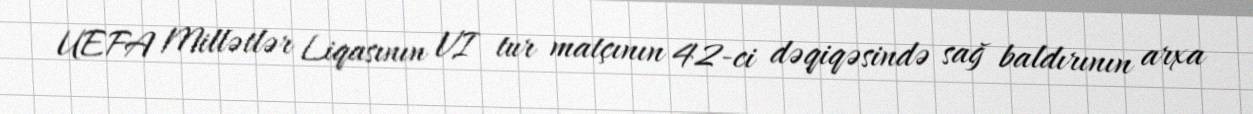
UEFA Millətlər Liqasının VI tur matçının 42-ci dəqiqəsində sağ baldırının arxa